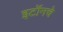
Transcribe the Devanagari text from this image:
इटॉनचे